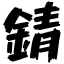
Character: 錆